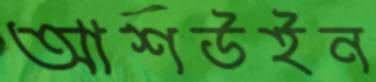
আশউইন